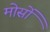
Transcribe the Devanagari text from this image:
मोर्सो